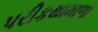
પરીકથામાળા